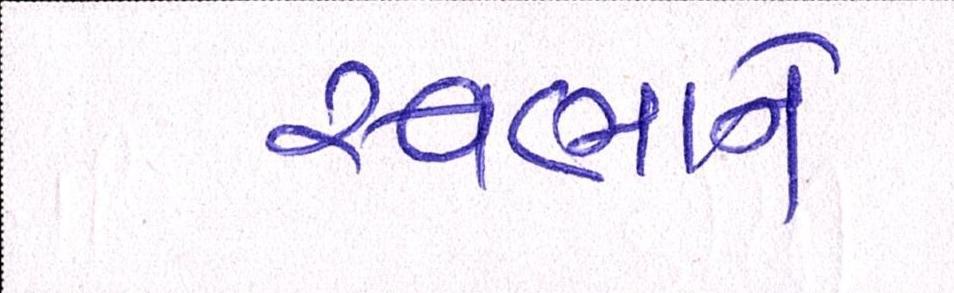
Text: સ્વભાવને